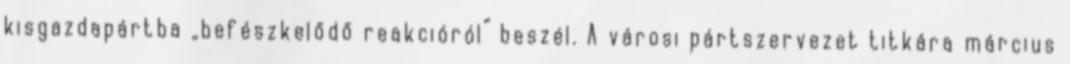
kisgazdapártba „befészkelődő reakcióról” beszél. A városi pártszervezet titkára március